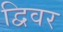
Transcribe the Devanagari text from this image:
द्विवर